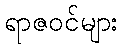
ရာဇဝင်များ